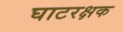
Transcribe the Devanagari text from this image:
घाटरक्षक